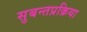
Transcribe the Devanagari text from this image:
सुबन्तप्रक्रिया